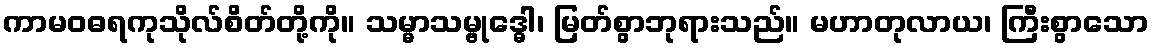
ကာမဝဓရကုသိုလ်စိတ်တို့ကို။ သမ္မာသမ္ဗုဒ္ဓေါ၊ မြတ်စွာဘုရားသည်။ မဟာတုလာယ၊ ကြီးစွာသော